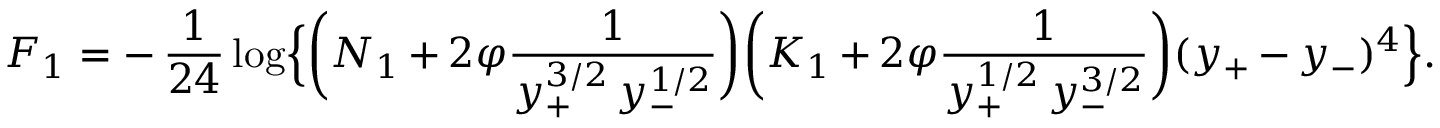
F _ { 1 } = - \, \frac { 1 } { 2 4 } \log \Bigl \{ \biggl ( N _ { 1 } + 2 \varphi \frac { 1 } { y _ { + } ^ { 3 / 2 } \, y _ { - } ^ { 1 / 2 } } \biggr ) \biggl ( K _ { 1 } + 2 \varphi \frac { 1 } { y _ { + } ^ { 1 / 2 } \, y _ { - } ^ { 3 / 2 } } \biggr ) ( y _ { + } - y _ { - } ) ^ { 4 } \Bigr \} .